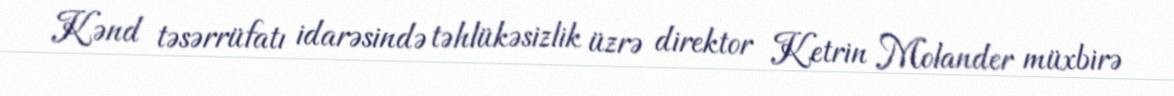
Kənd təsərrüfatı idarəsində təhlükəsizlik üzrə direktor Ketrin Molander müxbirə